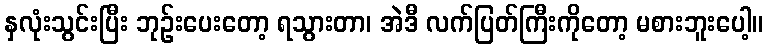
နှလုံးသွင်းပြီး ဘုဉ်းပေးတော့ ရသွားတာ၊ အဲဒီ လက်ပြတ်ကြီးကိုတော့ မစားဘူးပေါ့။